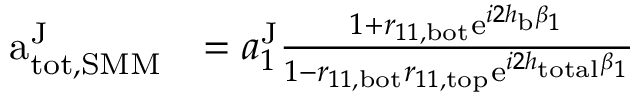
\begin{array} { r l } { \mathrm { a } _ { \mathrm { t o t , S M M } } ^ { \mathrm { J } } } & { = a _ { 1 } ^ { \mathrm { J } } \frac { 1 + r _ { 1 1 , \mathrm { b o t } } \mathrm { e } ^ { i 2 h _ { \mathrm { b } } \beta _ { 1 } } } { 1 - r _ { 1 1 , \mathrm { b o t } } r _ { 1 1 , \mathrm { t o p } } \mathrm { e } ^ { i 2 h _ { \mathrm { t o t a l } } \beta _ { 1 } } } } \end{array}